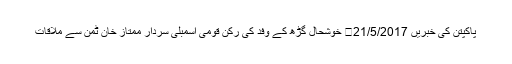
پاکپتن کی خبریں 21/5/2017	 خوشحال گڑھ کے وفد کی رکن قومی اسمبلی سردار ممتاز خان ٹمن سے ملاقات